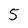
Character: 5